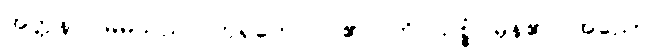
အတ္တနာ၊ မိမိသည်။ ကုရုတေ၊ ပြု၏။ ဟိ သစ္စံ၊ မှန်၏။ အညော၊